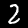
Digit: 2